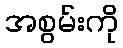
အစွမ်းကို